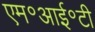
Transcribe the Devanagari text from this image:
एम॰आई॰टी